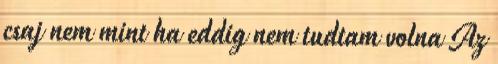
csaj nem mint ha eddig nem tudtam volna Az